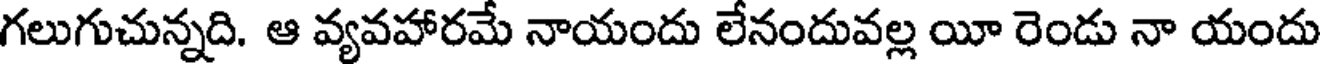
గలుగుచున్నది. ఆ వ్యవహారమే నాయందు లేనందువల్ల యీ రెండు నా యందు